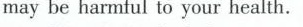
may be harmful to your health.